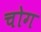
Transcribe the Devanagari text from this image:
चोग